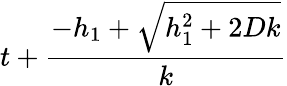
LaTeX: t+\frac{-h_{1}+\sqrt{h_{1}^{2}+2Dk}}{k}